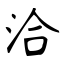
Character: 洽